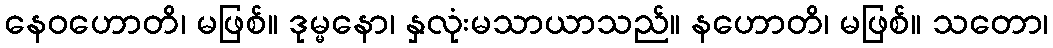
နေဝဟောတိ၊ မဖြစ်။ ဒုမ္မနော၊ နှလုံးမသာယာသည်။ နဟောတိ၊ မဖြစ်။ သတော၊